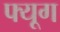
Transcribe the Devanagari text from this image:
फ्यूग